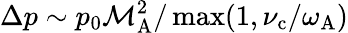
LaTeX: \Delta p\sim p_{0}\mathcal{M}_{\mathrm{A}}^{2}/\operatorname*{max}(1,\nu_{\mathrm{c}}/\omega_{\mathrm{A}})